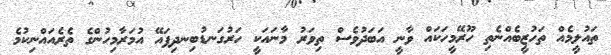
ތައުލީމެއް ތަހުޒީބެއްނެތި ހޫރޭމީހަކައް ވާނީ އަބަދުވެސް ތިވަރު މާނައަކީ ހަރުގަނޑުބިނދިފައޭ އުމަރާމިހުންގެ ތެރެއައްނިކުމެ